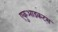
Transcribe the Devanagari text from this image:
एकुआडकट्स